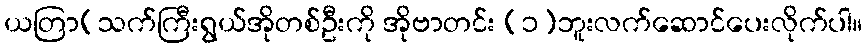
ယတြာ(သက်ကြီးရွယ်အိုတစ်ဦးကို အိုဗာတင်း (၁)ဘူးလက်ဆောင်ပေးလိုက်ပါ။